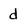
Character: d